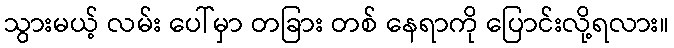
သွားမယ့် လမ်း ပေါ်မှာ တခြား တစ် နေရာကို ပြောင်းလို့ရလား။